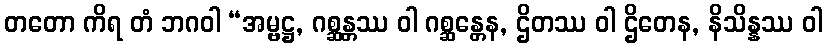
တတော ကိရ တံ ဘဂဝါ “အမ္ဗဋ္ဌ, ဂစ္ဆန္တဿ ဝါ ဂစ္ဆန္တေန, ဌိတဿ ဝါ ဌိတေန, နိသိန္နဿ ဝါ